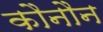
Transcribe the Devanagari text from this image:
कौनौन